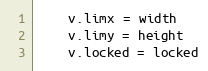
Language: Go
	v.limx = width
	v.limy = height
	v.locked = locked